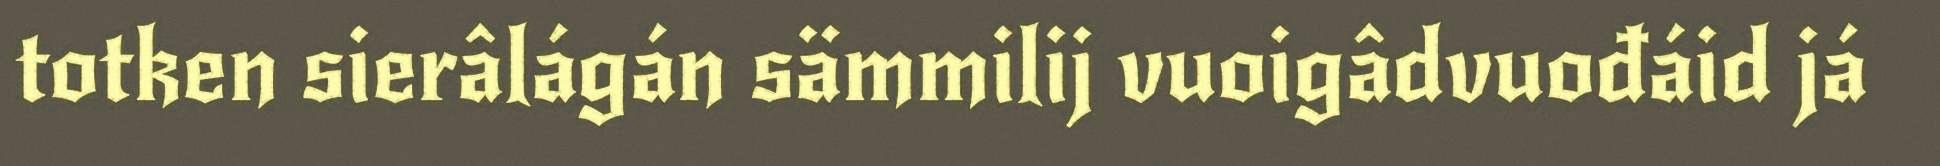
totken sierâlágán sämmilij vuoigâdvuođáid já